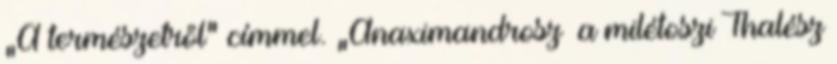
„A természetről” címmel. „Anaximandrosz a milétoszi Thalész